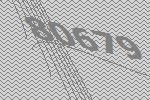
80679